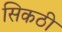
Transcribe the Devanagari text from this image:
सिकठी